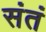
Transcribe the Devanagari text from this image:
संतं